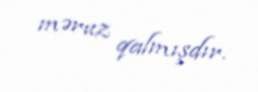
məruz qalmışdır.